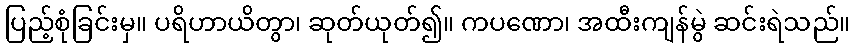
ပြည့်စုံခြင်းမှ။ ပရိဟာယိတွာ၊ ဆုတ်ယုတ်၍။ ကပဏော၊ အထီးကျန်မွဲ ဆင်းရဲသည်။